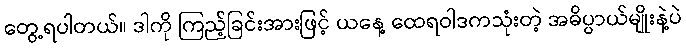
တွေ့ရပါတယ်။ ဒါကို ကြည့်ခြင်းအားဖြင့် ယနေ့ ထေရဝါဒကသုံးတဲ့ အဓိပ္ပာယ်မျိုးနဲ့ပဲ